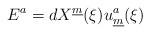
LaTeX: \begin{align*}E^a = dX^{\underline{m}}(\xi) u_{\underline{m}}^a (\xi)\end{align*}